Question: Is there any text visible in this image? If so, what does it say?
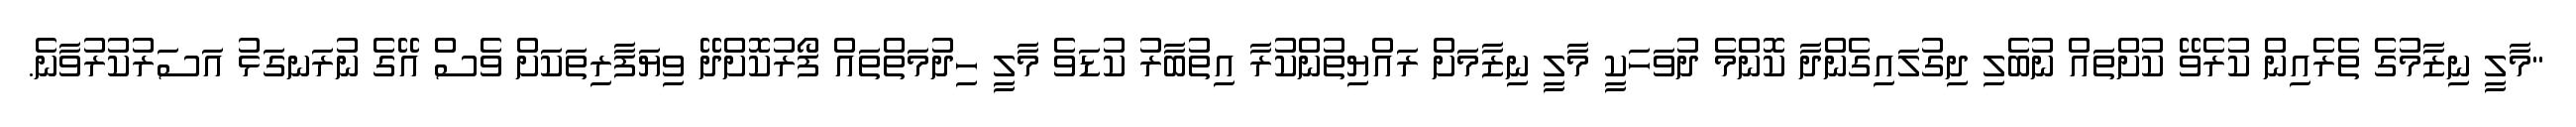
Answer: "މާލީ ނިޒާމުގެ ތެރެއިން ކުރެވޭ ކުށްތައް ނުބެލި ދިގުލައިގެންދާ ކޮންމެ ދުވަހަކީ މާލީ ނިޒާމަށް ރައްޔިތުންކުރާ އިތުބާރު ކުޑަވެ މާލީ ހިދުމަތްތައް ފޯރުކޮށްދޭ ވިޔަފާރިތަކަށް ވެސް އޭގެ ނުރަނގަޅު އަސަރުކުރުވާނެ.